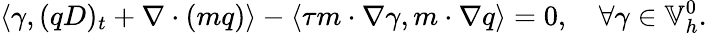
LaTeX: \left\langle\gamma,(qD)_{t}+\nabla\cdot(mq)\right\rangle-\left\langle\tau m\cdot\nabla\gamma,m\cdot\nabla q\right\rangle=0,\quad\forall\gamma\in\mathbb{V}_{h}^{0}.